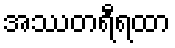
အဿတရီရထာ